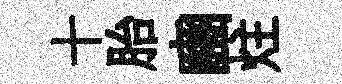
十胎豳炷